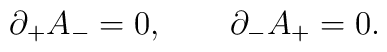
\partial_+ A_- = 0, \qquad \partial_- A_+ = 0.